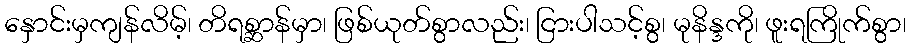
နှောင်းမှကျန်လိမ့်၊ တိရစ္ဆာန်မှာ၊ ဖြစ်ယုတ်စွာလည်း၊ ငြားပါသင့်စွ၊ မုနိန္ဒကို၊ ဖူးရကြိုက်စွာ၊